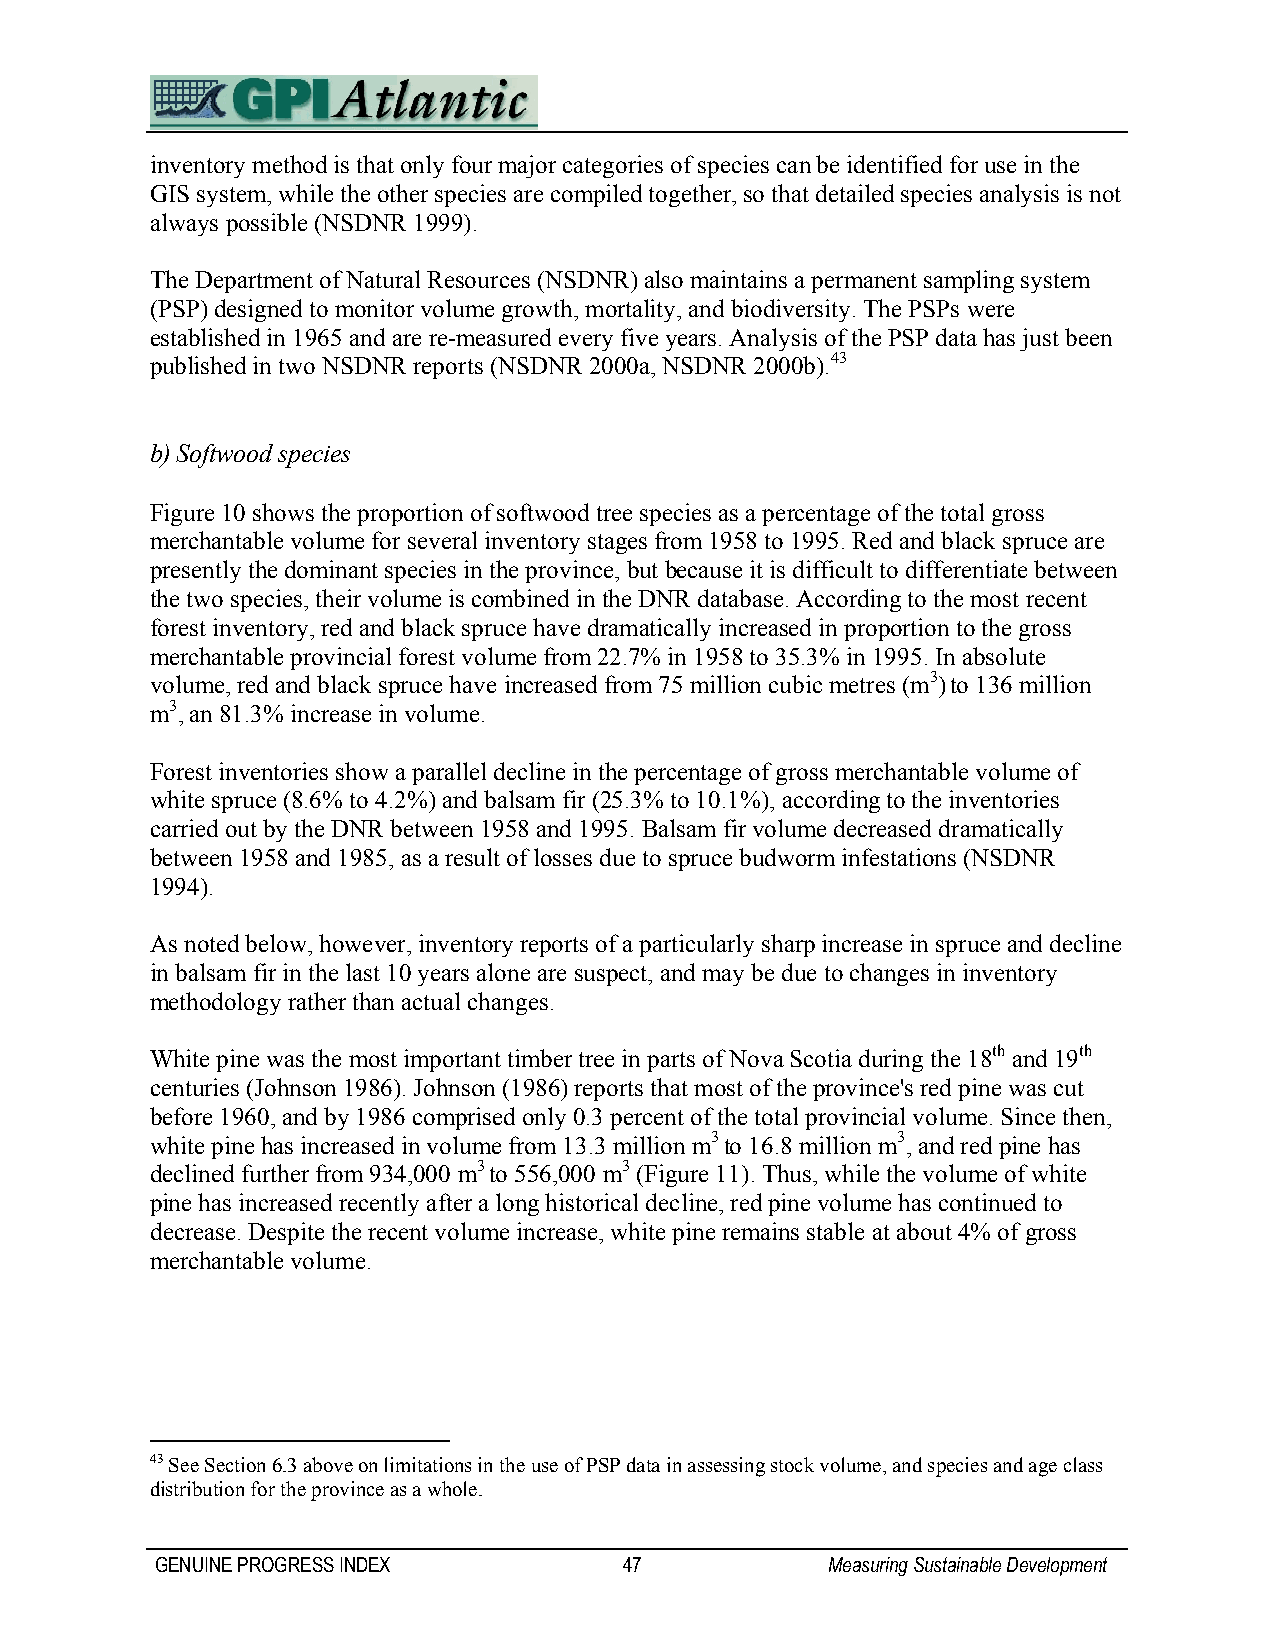
inventory method is that only four major categories of species can be identified for use in the
 GIS system, while the other species are compiled together, so that detailed species analysis is not
 always possible (NSDNR 1999).
 The Department of Natural Resources (NSDNR) also maintains a permanent sampling system
 (PSP) designed to monitor volume growth, mortality, and biodiversity. The PSPs were
 established in 1965 and are re-measured every five years. Analysis of the PSP data has just been
 published in two NSDNR reports (NSDNR 2000a, NSDNR 2000b).43
 b) Softwood species
 Figure 10 shows the proportion of softwood tree species as a percentage of the total gross
 merchantable volume for several inventory stages from 1958 to 1995. Red and black spruce are
 presently the dominant species in the province, but because it is difficult to differentiate between
 the two species, their volume is combined in the DNR database. According to the most recent
 forest inventory, red and black spruce have dramatically increased in proportion to the gross
 merchantable provincial forest volume from 22.7% in 1958 to 35.3% in 1995. In absolute
 volume, red and black spruce have increased from 75 million cubic metres (m3) to 136 million
 m3, an 81.3% increase in volume.
 Forest inventories show a parallel decline in the percentage of gross merchantable volume of
 white spruce (8.6% to 4.2%) and balsam fir (25.3% to 10.1%), according to the inventories
 carried out by the DNR between 1958 and 1995. Balsam fir volume decreased dramatically
 between 1958 and 1985, as a result of losses due to spruce budworm infestations (NSDNR
 1994).
 As noted below, however, inventory reports of a particularly sharp increase in spruce and decline
 in balsam fir in the last 10 years alone are suspect, and may be due to changes in inventory
 methodology rather than actual changes.
 White pine was the most important timber tree in parts of Nova Scotia during the 18th and 19th
 centuries (Johnson 1986). Johnson (1986) reports that most of the province's red pine was cut
 before 1960, and by 1986 comprised only 0.3 percent of the total provincial volume. Since then,
 white pine has increased in volume from 13.3 million m3 to 16.8 million m3, and red pine has
 declined further from 934,000 m3 to 556,000 m3 (Figure 11). Thus, while the volume of white
 pine has increased recently after a long historical decline, red pine volume has continued to
 decrease. Despite the recent volume increase, white pine remains stable at about 4% of gross
 merchantable volume.
 43 See Section 6.3 above on limitations in the use of PSP data in assessing stock volume, and species and age class
 distribution for the province as a whole.
 GENUINE PROGRESS INDEX         47            Measuring Sustainable Development